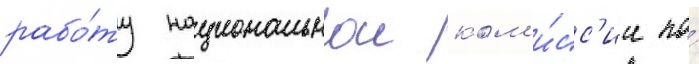
рабо́ту национальнои ком'и́сс'ии по́